Vaccination in Bombay 1863-1868 - 1863-1868
Year: 1863
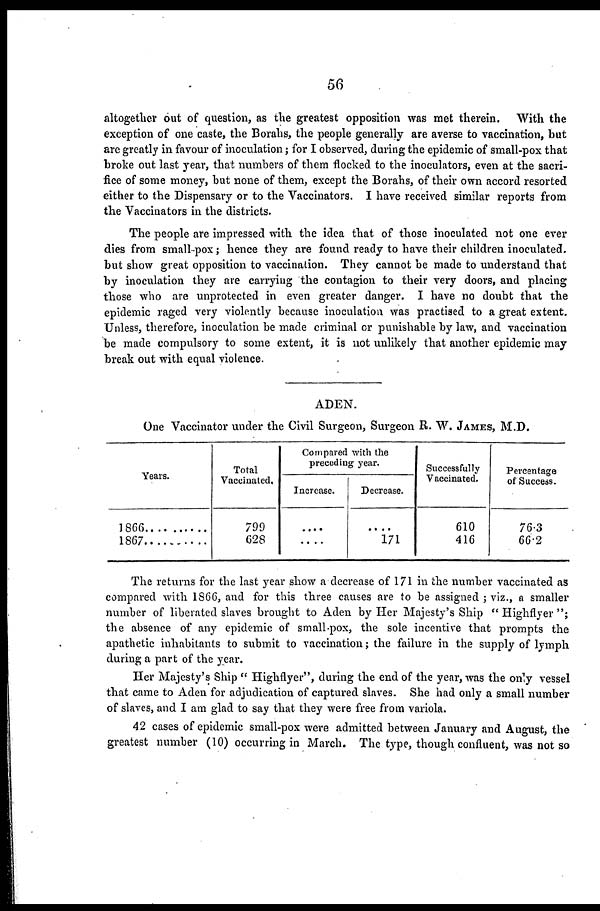
56
altogether out of question, as the greatest opposition was met therein. With the
exception of one caste, the Borahs, the people generally are averse to vaccination, but
are greatly in favour of inoculation; for I observed, during the epidemic of small-pox that
broke out last year, that numbers of them flocked to the inoculators, even at the sacri-
fice of some money, but none of them, except the Borahs, of their own accord resorted
either to the Dispensary or to the Vaccinators. I have received similar reports from
the Vaccinators in the districts.
The people are impressed with the idea that of those inoculated not one ever
dies from small-pox; hence they are found ready to have their children inoculated.
but show great opposition to vaccination. They cannot be made to understand that
by inoculation they are carrying the contagion to their very doors, and placing
those who are unprotected in even greater danger. I have no doubt that the
epidemic raged very violently because inoculation was practised to a great extent.
Unless, therefore, inoculation be made criminal or punishable by law, and vaccination
be made compulsory to some extent, it is not unlikely that another epidemic may
break out with equal violence.
ADEN.
One Vaccinator under the Civil Surgeon, Surgeon R. W. JAMES, M.D.
Years.
1866 .........
1867
Total
Vaccinated.
799
628
Compared with the
preceding year.
Increase.
....
....
Decrease.
....
171
Successfully
Vaccinated.
610
416
Percentage
of Success.
76.3
66.2
The returns for the last year show a decrease of 171 in the number vaccinated as
compared with 1866, and for this three causes are to be assigned ; viz., a smaller
number of liberated slaves brought to Aden by Her Majesty's Ship " Highflyer ";
the absence of any epidemic of small-pox, the sole incentive that prompts the
apathetic inhabitants to submit to vaccination; the failure in the supply of lymph
during a part of the year.
Her Majesty's Ship " Highflyer", during the end of the year, was the only vessel
that came to Aden for adjudication of captured slaves. She had only a small number
of slaves, and I am glad to say that they were free from variola.
42 cases of epidemic small-pox were admitted between January and August, the
greatest number (10) occurring in March. The type, though confluent, was not so